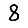
Digit: 8